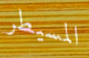
المسيطر